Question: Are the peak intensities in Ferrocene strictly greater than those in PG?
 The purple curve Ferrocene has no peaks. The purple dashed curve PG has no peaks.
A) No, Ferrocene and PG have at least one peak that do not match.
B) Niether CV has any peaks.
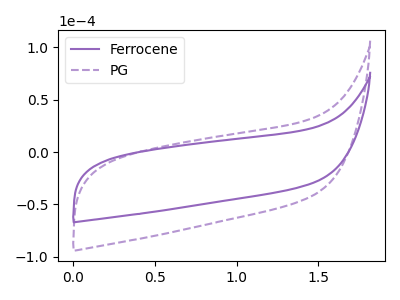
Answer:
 <answer>B) Niether CV has any peaks.</answer>
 <eval>B</eval>